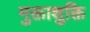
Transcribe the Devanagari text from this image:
मुक्ताशुक्ति